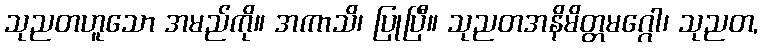
သုညတဟူသော အမည်ကို။ အကာသိ၊ ပြုပြီ။ သုညတအနိမိတ္တမဂ္ဂေါ၊ သုညတ,